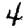
Digit: 4